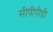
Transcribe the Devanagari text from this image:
सीपीपीडी